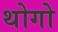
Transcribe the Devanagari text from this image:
थोगो